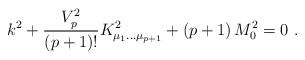
\begin{align*}k^2 + {V_p^2\over (p+1)!}K^2_{\mu_1\dots\mu_{p+1}} +(p+1)\, M_0^2=0\ .\end{align*}